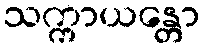
သက္ကာယန္တော